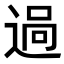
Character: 𨓺